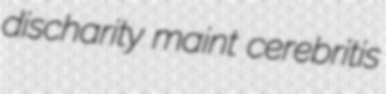
discharity maint cerebritis